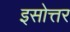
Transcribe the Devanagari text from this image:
इसोत्तर